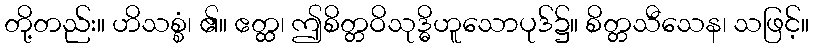
တို့တည်း။ ဟိသစ္စံ၊ ၏။ ဧတ္ထ၊ ဤစိတ္တဝိသုဒ္ဓိဟူသောပုဒ်၌။ စိတ္တသီသေန၊ သဖြင့်။